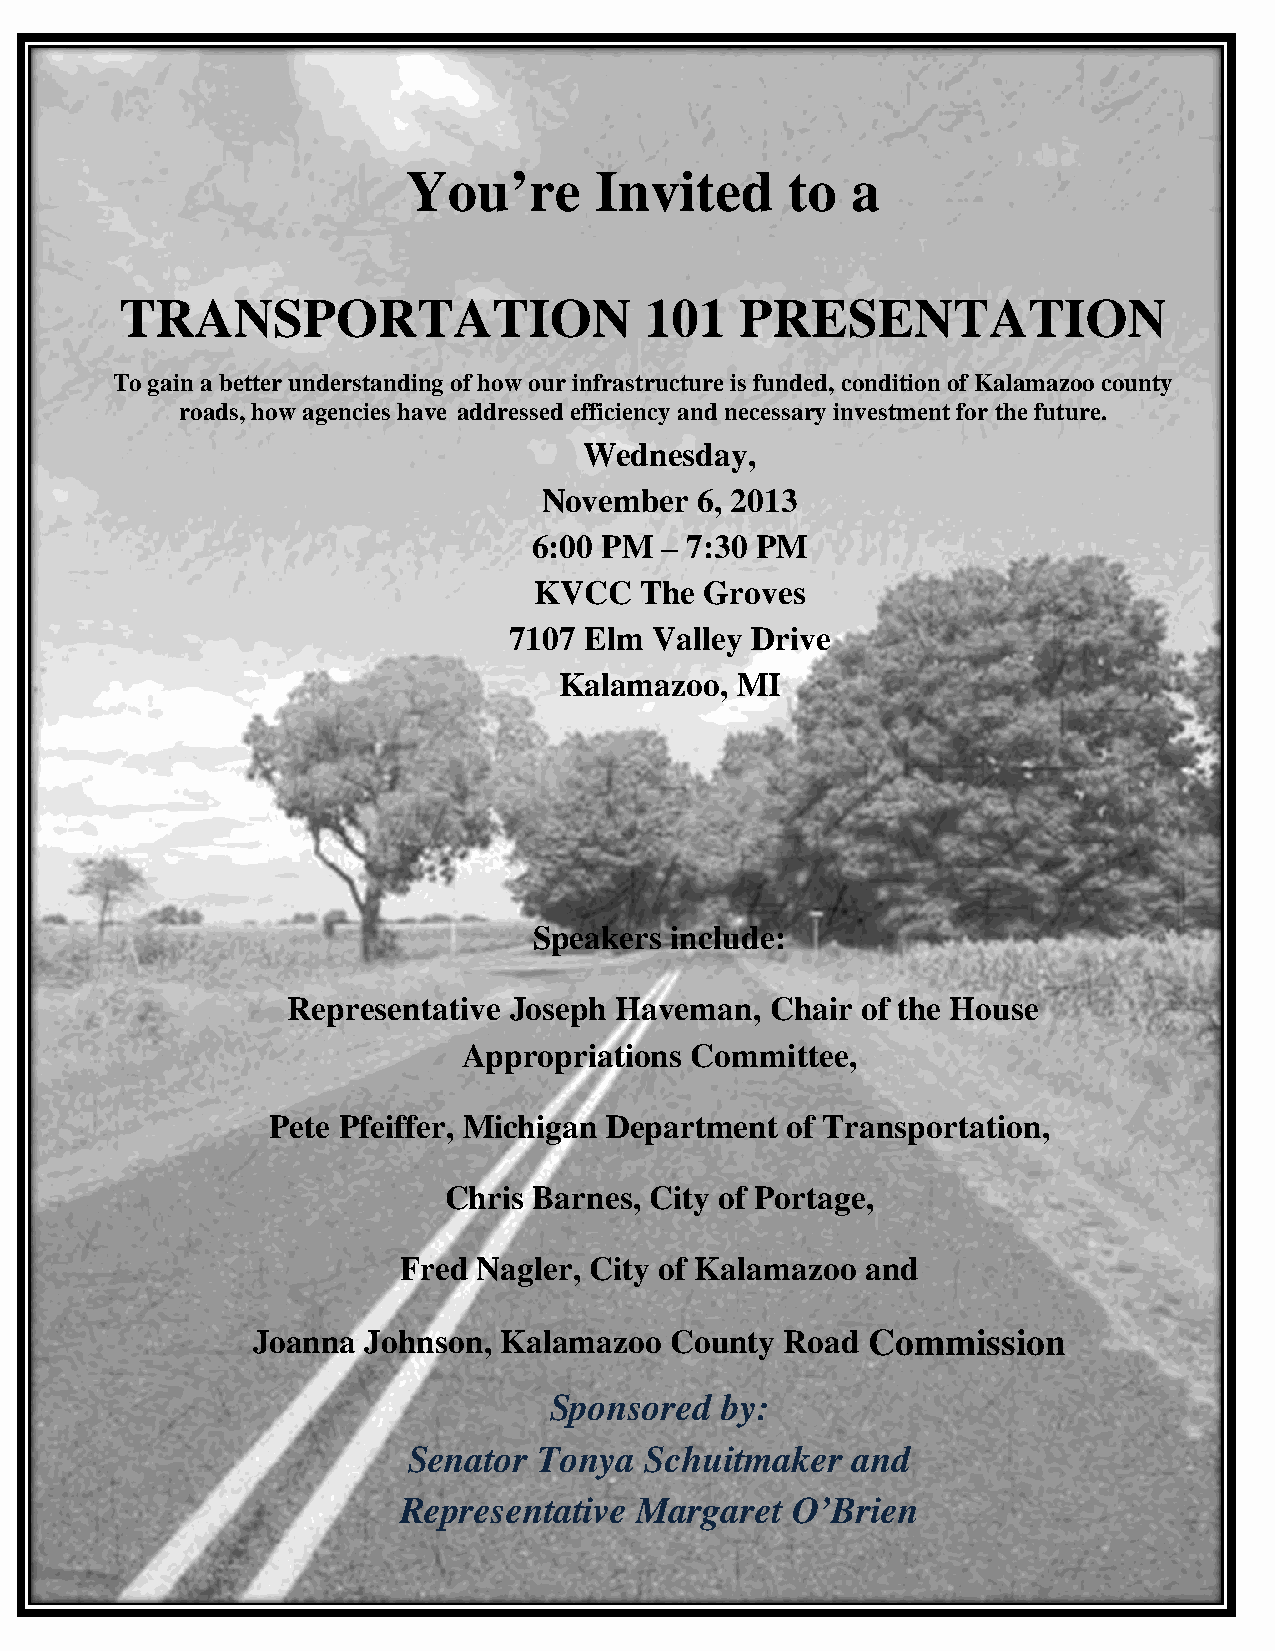
You’re      Invited      to  a
 TRANSPORTATION                     101   PRESENTATION
 To gain a better understanding of how our infrastructure is funded, condition of Kalamazoo county
 roads, how agencies have addressed efficiency and necessary investment for the future.
 Wednesday,
 November  6, 2013
 6:00 PM  – 7:30 PM
 KVCC   The  Groves
 7107 Elm Valley Drive
 Kalamazoo,  MI
 Speakers include:
 Representative Joseph Haveman,  Chair of the House
 Appropriations Committee,
 Pete Pfeiffer, Michigan Department of Transportation,
 Chris Barnes, City of Portage,
 Fred Nagler, City of Kalamazoo and
 Joanna Johnson, Kalamazoo  County  Road Commission
 Sponsored   by:
 Senator  Tonya  Schuitmaker  and
 Representative  Margaret  O’Brien